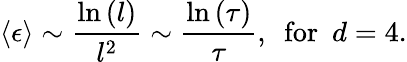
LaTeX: \langle\epsilon\rangle\sim\frac{\ln\left(l\right)}{l^{2}}\sim\frac{\ln\left(\tau\right)}{\tau},~~\mathrm{for}~~d=4.